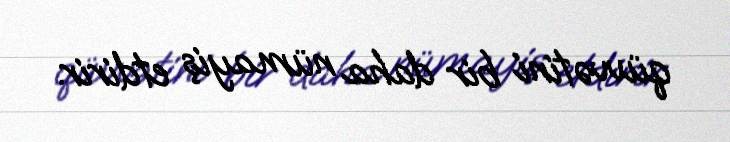
qüvvətini bir daha nümayiş etdirir.